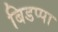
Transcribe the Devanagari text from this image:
बिडप्पा